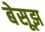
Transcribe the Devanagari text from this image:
बेसूझ